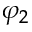
\varphi _ { 2 }